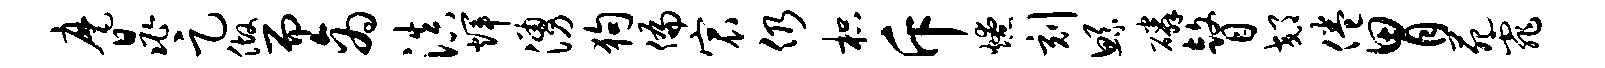
麾晁足做而商滇辉涌狗偏宸仍枳斥燎刻鲧磷瞽郊倦胃苑霏